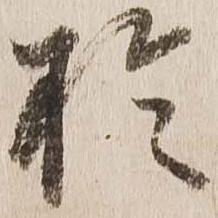
於